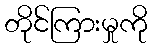
တိုင်ကြားမှုကို